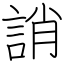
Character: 誚